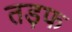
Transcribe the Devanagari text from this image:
तड़फ